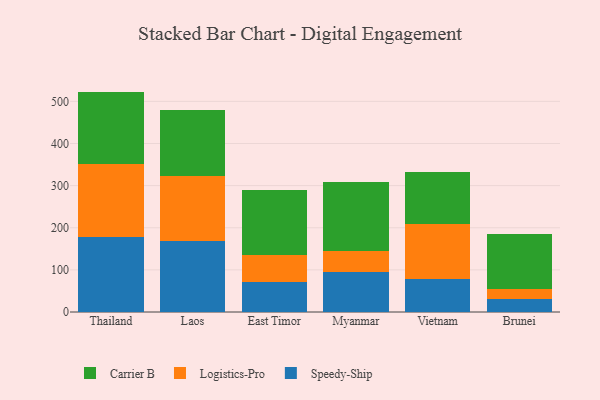
{"axis": {"x": "Country", "y": "Inventory Turnover"}, "legend": ["Carrier B", "Logistics-Pro", "Speedy-Ship"], "data": [{"x": "Thailand", "y": 178.7, "type": "Speedy-Ship"}, {"x": "Thailand", "y": 173.5, "type": "Logistics-Pro"}, {"x": "Thailand", "y": 171.0, "type": "Carrier B"}, {"x": "Laos", "y": 168.5, "type": "Speedy-Ship"}, {"x": "Laos", "y": 153.4, "type": "Logistics-Pro"}, {"x": "Laos", "y": 158.4, "type": "Carrier B"}, {"x": "East Timor", "y": 71.0, "type": "Speedy-Ship"}, {"x": "East Timor", "y": 63.7, "type": "Logistics-Pro"}, {"x": "East Timor", "y": 155.1, "type": "Carrier B"}, {"x": "Myanmar", "y": 95.3, "type": "Speedy-Ship"}, {"x": "Myanmar", "y": 49.2, "type": "Logistics-Pro"}, {"x": "Myanmar", "y": 163.3, "type": "Carrier B"}, {"x": "Vietnam", "y": 78.1, "type": "Speedy-Ship"}, {"x": "Vietnam", "y": 129.9, "type": "Logistics-Pro"}, {"x": "Vietnam", "y": 123.9, "type": "Carrier B"}, {"x": "Brunei", "y": 32.0, "type": "Speedy-Ship"}, {"x": "Brunei", "y": 22.6, "type": "Logistics-Pro"}, {"x": "Brunei", "y": 129.6, "type": "Carrier B"}]}